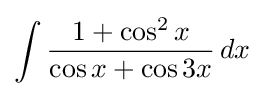
\int {\frac {1+\cos ^{2}x}{\cos x+\cos 3x}}\,dx